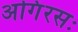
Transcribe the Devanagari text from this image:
अगिंरसः